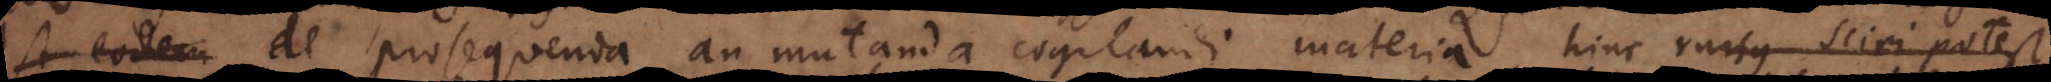
est eodem de prosequenda an mutanda cogitandi materia, hinc rursus sciri potest